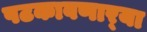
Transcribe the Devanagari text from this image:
पटकावणार्‍या